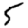
Digit: 5